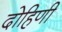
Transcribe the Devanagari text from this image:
दोहिणी